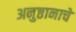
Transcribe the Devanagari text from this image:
अनुष्ठानाचे